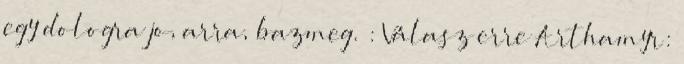
egy dologra jo, arra, bazmeg. : Válasz erre Arthamyr: